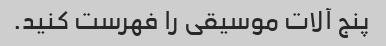
پنج آلات موسیقی را فهرست کنید.